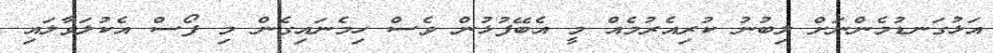
އަޅުގަނޑުމެންނަށް ލިބުނު ކުރިއެރުމެއް މީ އެބޭފުޅުން ވެސް ހިމެނައިގެން މި ފޯސް އެކުލަވާލައި